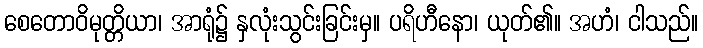
စေတောဝိမုတ္တိယာ၊ အာရုံ၌ နှလုံးသွင်းခြင်းမှ။ ပရိဟီနော၊ ယုတ်၏။ အဟံ၊ ငါသည်။